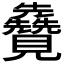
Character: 𫌦